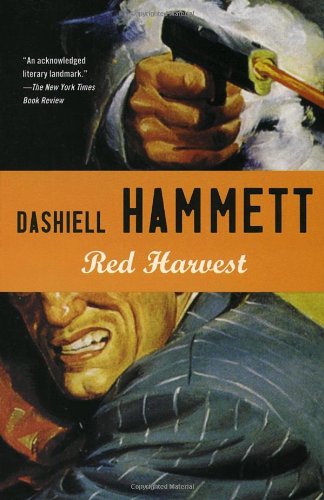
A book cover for Red Harvest; Dashiell Hammett; Mystery, Thriller & Suspense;